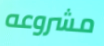
مشروعه